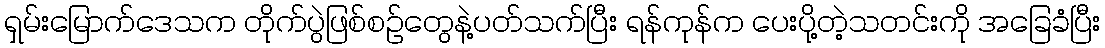
ရှမ်းမြောက်ဒေသက တိုက်ပွဲဖြစ်စဉ်တွေနဲ့ပတ်သက်ပြီး ရန်ကုန်က ပေးပို့တဲ့သတင်းကို အခြေခံပြီး